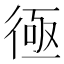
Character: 𢔔